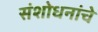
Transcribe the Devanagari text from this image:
संशोधनांचे